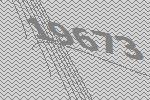
19673